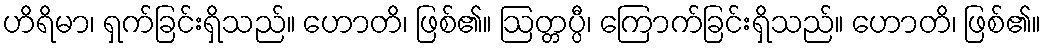
ဟိရိမာ၊ ရှက်ခြင်းရှိသည်။ ဟောတိ၊ ဖြစ်၏။ ဩတ္တပ္ပီ၊ ကြောက်ခြင်းရှိသည်။ ဟောတိ၊ ဖြစ်၏။